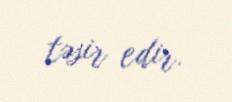
təsir edir.